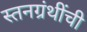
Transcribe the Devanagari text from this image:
स्तनग्रंथींची